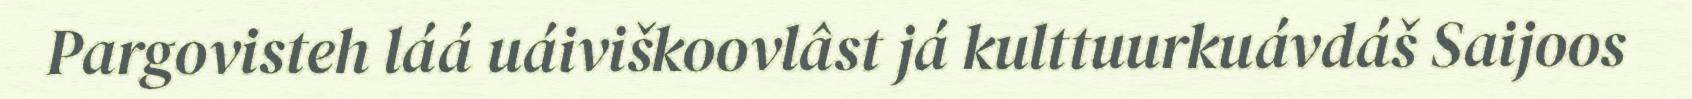
Pargovisteh láá uáiviškoovlâst já kulttuurkuávdáš Saijoos